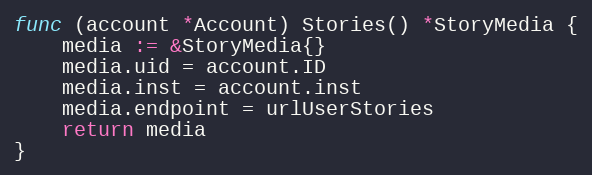
Language: Go
func (account *Account) Stories() *StoryMedia {
	media := &StoryMedia{}
	media.uid = account.ID
	media.inst = account.inst
	media.endpoint = urlUserStories
	return media
}